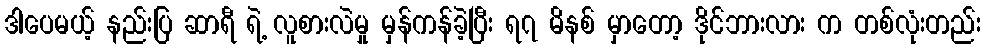
ဒါပေမယ့် နည်းပြ ဆာရီ ရဲ့ လူစားလဲမှု မှန်ကန်ခဲ့ပြီး ရ၇ မိနစ် မှာတော့ ဒိုင်ဘားလား က တစ်လုံးတည်း